Annual statistical returns and brief notes on vaccination in Bengal - 1909-1929
Year: 1909
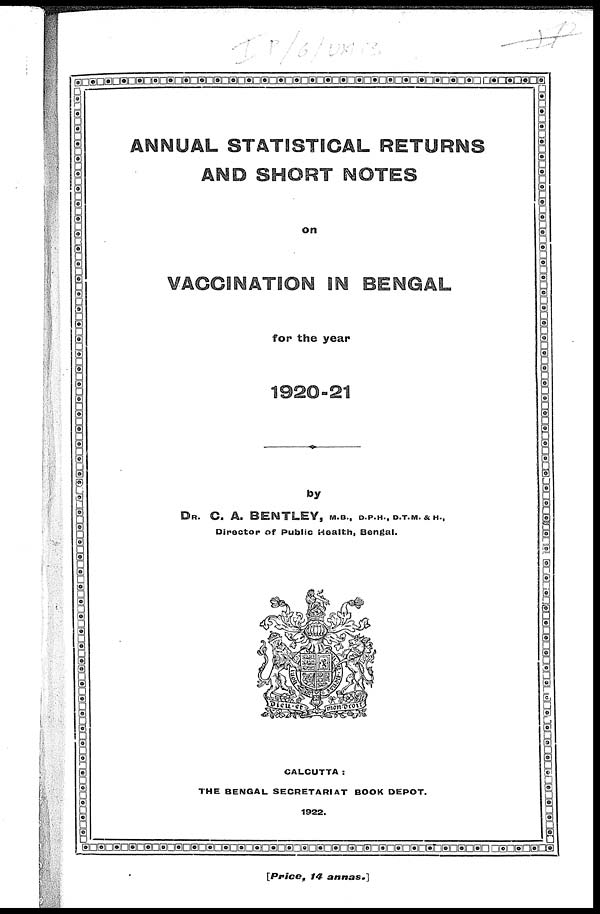
ANNUAL STATISTICAL RETURNS
AND SHORT NOTES
on
VACCINATION IN BENGAL
for the year
1920-21
by
DR. C. A. BENTLEY, M.B., D.P.H., D.T.M. & H.,
Director of Public Health, Bengal.
CALCUTTA :
THE BENGAL SECRETARIAT BOOK DEPÔT.
1922.
[Price,
14
annas.]